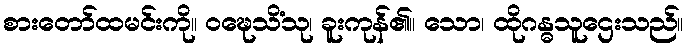
စားတော်ထမင်းကို။ ဝဍ္ဎေသိံသု၊ ခူးကုန်၏။ သော၊ ထိုဂန္ဓသူဌေးသည်။